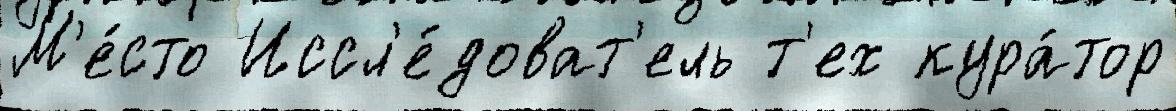
М'е́сто Иссл'е́доват'ель т'ех кура́тор